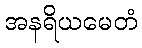
အနရိယမေတံ